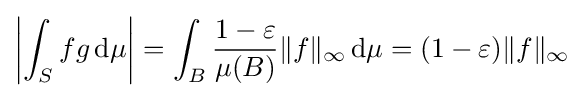
\left|\int _{S}fg\,\mathrm {d} \mu \right|=\int _{B}{\frac {1-\varepsilon }{\mu (B)}}\|f\|_{\infty }\,\mathrm {d} \mu =(1-\varepsilon )\|f\|_{\infty }